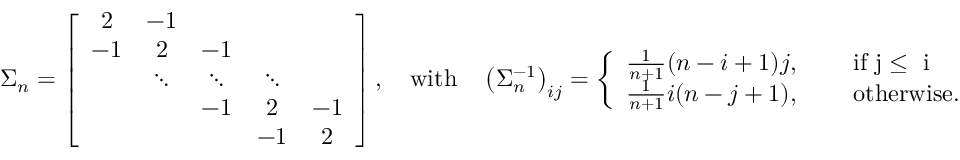
\Sigma _ { n } = \left[ \begin{array} { c c c c c } { 2 } & { - 1 } & & & \\ { - 1 } & { 2 } & { - 1 } & & \\ & { \ddots } & { \ddots } & { \ddots } & \\ & & { - 1 } & { 2 } & { - 1 } \\ & & & { - 1 } & { 2 } \end{array} \right] , \quad \mathrm { w i t h } \quad \left( \Sigma _ { n } ^ { - 1 } \right) _ { i j } = \left\{ \begin{array} { l c l } { \frac { 1 } { n + 1 } ( n - i + 1 ) j , } & & { \mathrm { ~ i f ~ j \leq ~ i ~ } } \\ { \frac { 1 } { n + 1 } i ( n - j + 1 ) , } & & { \mathrm { ~ o t h e r w i s e . } } \end{array} \right.